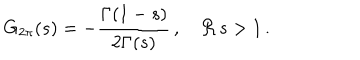
LaTeX: G _ { 2 \pi } ( s ) = - \frac { \Gamma ( 1 - s ) } { 2 \Gamma ( s ) } \, , \quad \Re \, s > 1 \, .